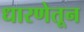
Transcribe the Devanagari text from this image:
धारणेतून